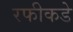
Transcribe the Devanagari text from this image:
रफीकडे